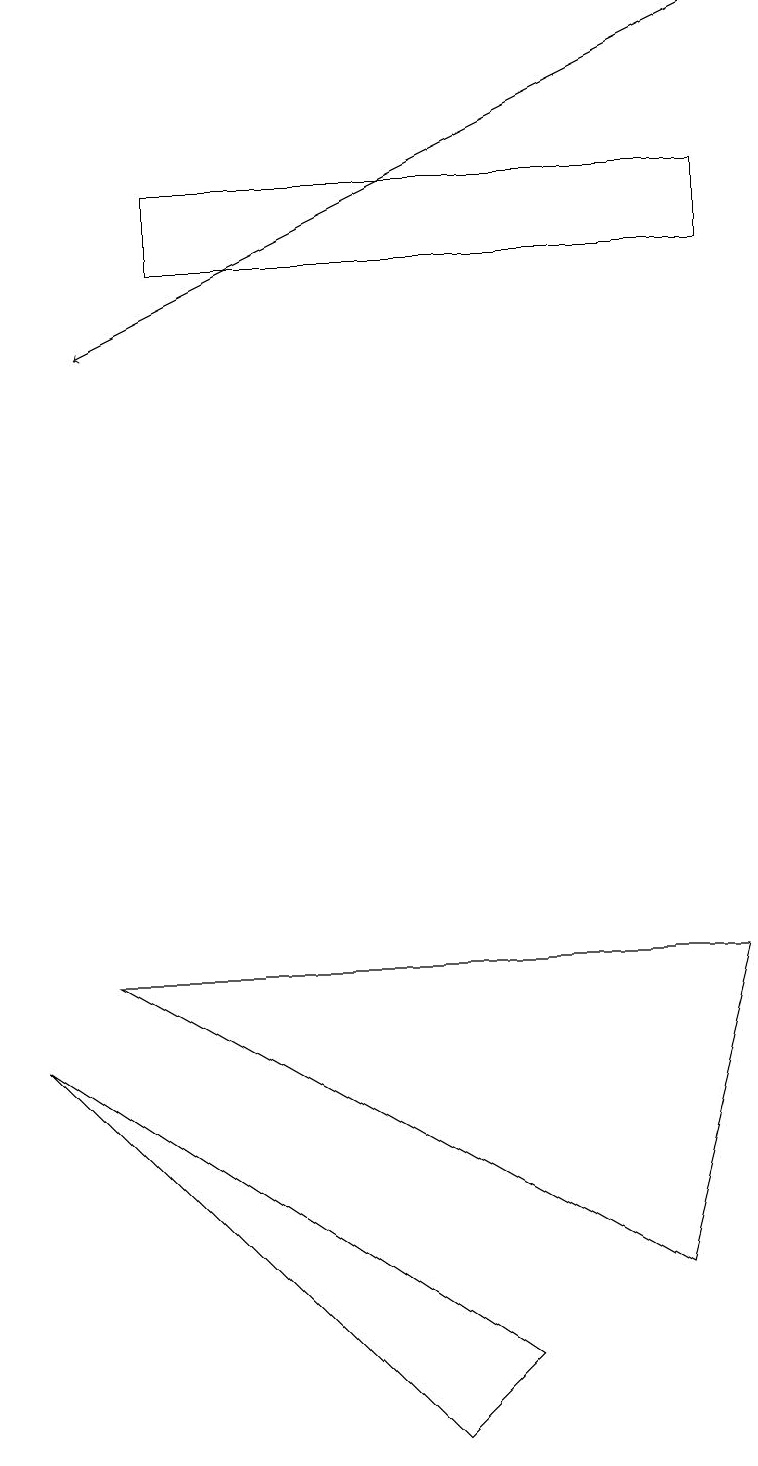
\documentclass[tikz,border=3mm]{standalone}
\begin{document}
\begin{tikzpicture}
\draw (0,6) -- (6,2) -- (5,1) -- cycle;
\draw (9,7) -- (1,7) -- (8,3) -- cycle;
\draw (2,17) rectangle (9,16);
\draw[->] (9,19) -- (1,15);
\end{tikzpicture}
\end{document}